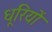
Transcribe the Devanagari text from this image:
धूरियों